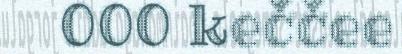
000 keččee